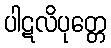
ပါဋလိပုတ္တေ